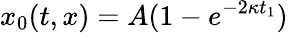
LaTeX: x_{0}(t,x)=A(1-e^{-2\kappa t_{1}})